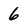
Character: 6